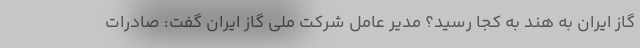
گاز ایران به هند به کجا رسید؟ مدیر عامل شرکت ملی گاز ایران گفت: صادرات